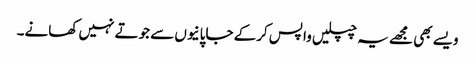
ویسے بھی مجھے یہ چپلیں واپس کرکے جاپانیوں سے جوتے نہیں کھانے۔